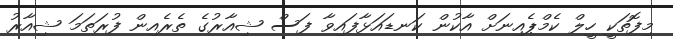
މިފޮތަކީ ހީލް ކެމްޕެއިނަށް އާކުން ކަނޑައަޅާފައިވާ ފަސް ޝިއާރުގެ ތެރެއިން ފުރަތަމަ ޝިއާރު